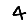
Digit: 4